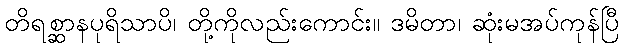
တိရစ္ဆာနပုရိသာပိ၊ တို့ကိုလည်းကောင်း။ ဒမိတာ၊ ဆုံးမအပ်ကုန်ပြီ